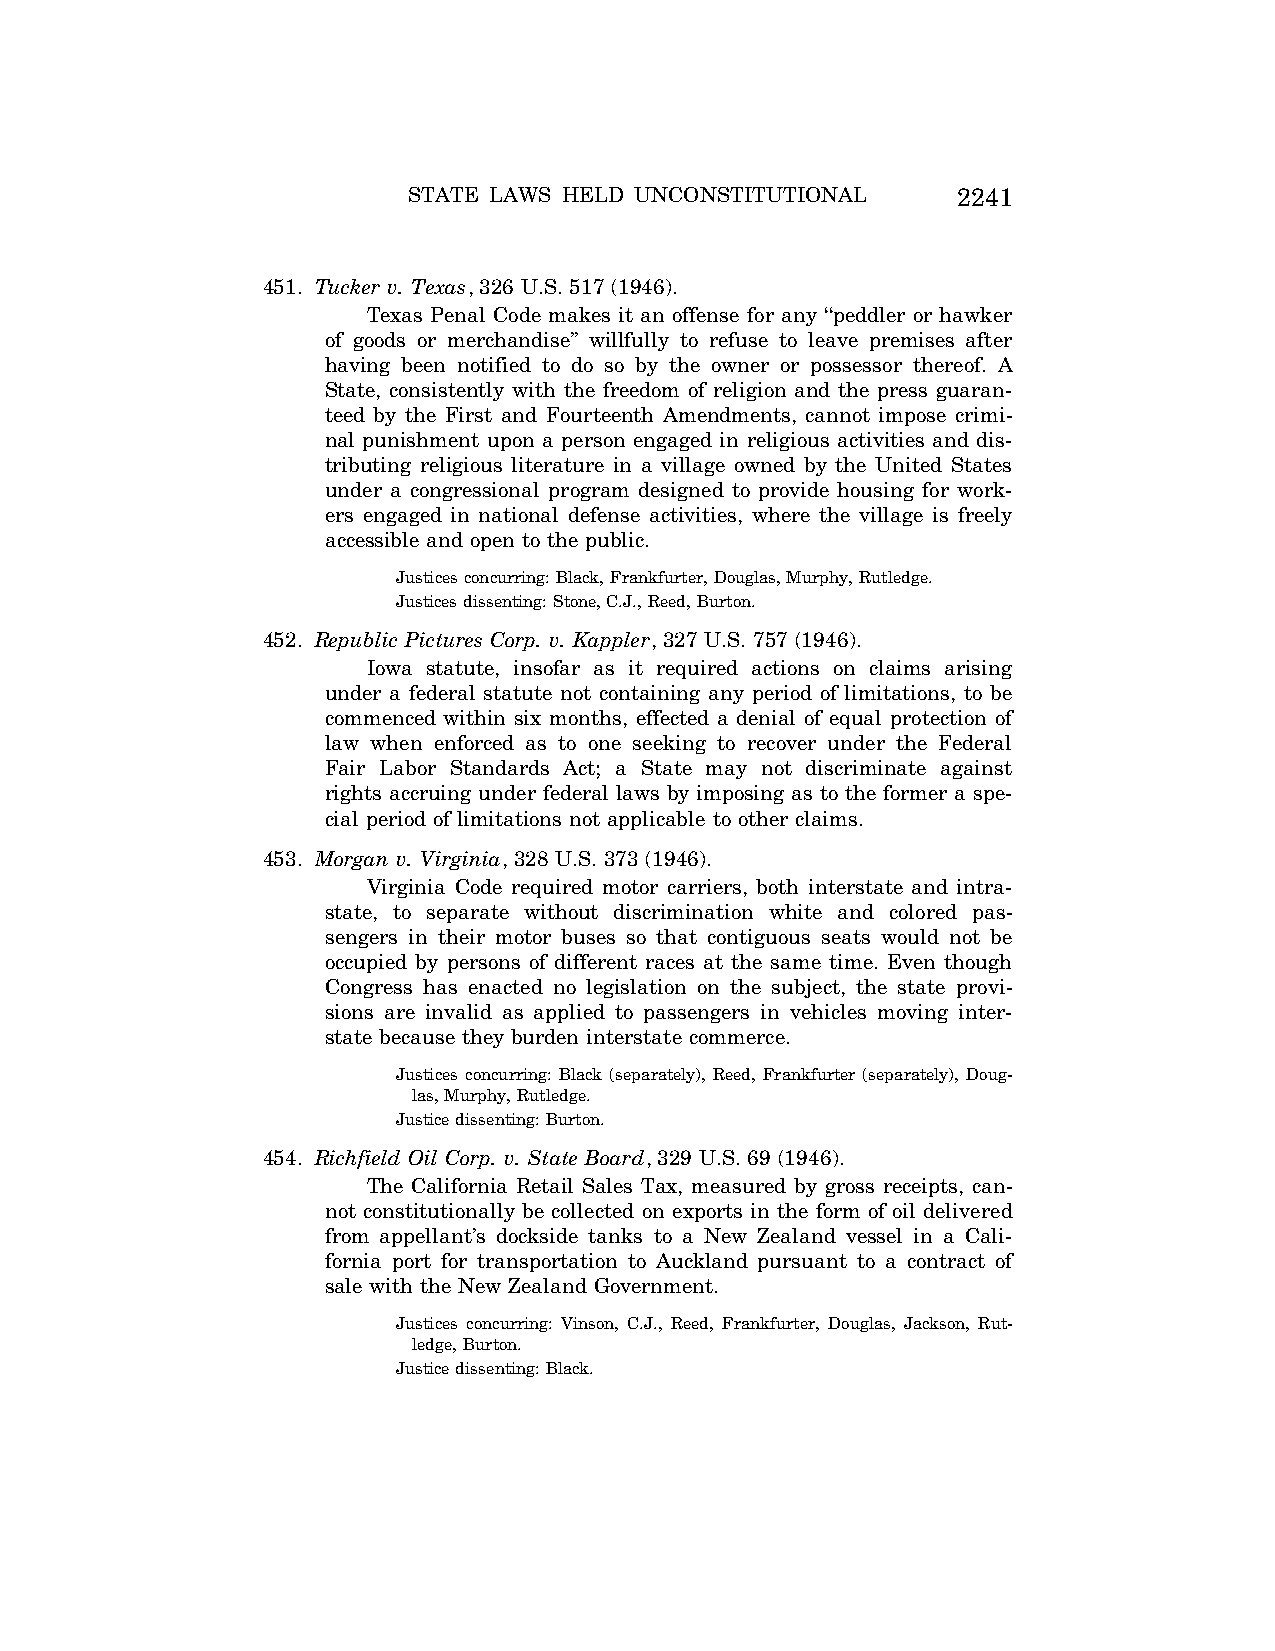
STATE LAWS HELD UNCONSTITUTIONAL    2241
 451. Tucker v. Texas, 326 U.S. 517 (1946).
 Texas Penal Code makes it an offense for any ‘‘peddler or hawker
 of goods or merchandise’’ willfully to refuse to leave premises after
 having been notified to do so by the owner or possessor thereof. A
 State, consistently with the freedom of religion and the press guaran-
 teed by the First and Fourteenth Amendments, cannot impose crimi-
 nal punishment upon a person engaged in religious activities and dis-
 tributing religious literature in a village owned by the United States
 under a congressional program designed to provide housing for work-
 ers engaged in national defense activities, where the village is freely
 accessible and open to the public.
 Justices concurring: Black, Frankfurter, Douglas, Murphy, Rutledge.
 Justices dissenting: Stone, C.J., Reed, Burton.
 452. Republic Pictures Corp. v. Kappler, 327 U.S. 757 (1946).
 Iowa statute, insofar as it required actions on claims arising
 under a federal statute not containing any period of limitations, to be
 commenced within six months, effected a denial of equal protection of
 law when enforced as to one seeking to recover under the Federal
 Fair Labor Standards Act; a State may not discriminate against
 rights accruing under federal laws by imposing as to the former a spe-
 cial period of limitations not applicable to other claims.
 453. Morgan v. Virginia, 328 U.S. 373 (1946).
 Virginia Code required motor carriers, both interstate and intra-
 state, to separate without discrimination white and colored pas-
 sengers in their motor buses so that contiguous seats would not be
 occupied by persons of different races at the same time. Even though
 Congress has enacted no legislation on the subject, the state provi-
 sions are invalid as applied to passengers in vehicles moving inter-
 state because they burden interstate commerce.
 Justices concurring: Black (separately), Reed, Frankfurter (separately), Doug-
 las, Murphy, Rutledge.
 Justice dissenting: Burton.
 454. Richfield Oil Corp. v. State Board, 329 U.S. 69 (1946).
 The California Retail Sales Tax, measured by gross receipts, can-
 not constitutionally be collected on exports in the form of oil delivered
 from appellant’s dockside tanks to a New Zealand vessel in a Cali-
 fornia port for transportation to Auckland pursuant to a contract of
 sale with the New Zealand Government.
 Justices concurring: Vinson, C.J., Reed, Frankfurter, Douglas, Jackson, Rut-
 ledge, Burton.
 Justice dissenting: Black.
 VerDate Aug<04>2004 12:57 Aug 23, 2004 Jkt 077500 PO 00000 Frm 00081 Fmt 8222 Sfmt 8222 C:\CONAN\CON064.SGM PRFM99 PsN: CON064